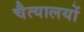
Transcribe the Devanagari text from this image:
चैत्यालयों